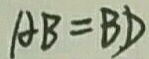
A B = B D